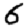
Digit: 6